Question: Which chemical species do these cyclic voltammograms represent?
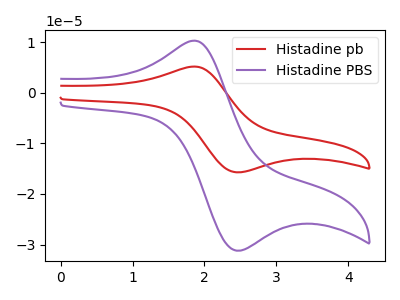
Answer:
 <answer>The red curve is labeled "Histadine pb". The purple curve is labeled "Histadine PBS".</answer>
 <eval></eval>